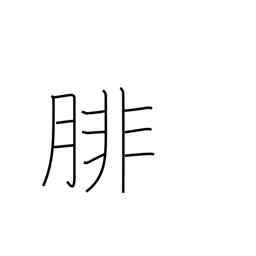
Meaning: calf (of leg)